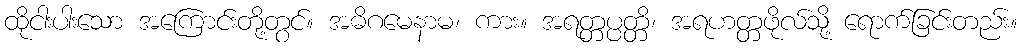
ထိုငါးပါးသော အကြောင်းတို့တွင်။ အဓိဂမေနာမ၊ ကား။ အရတ္တပ္ပတ္တိ၊ အရဟတ္တဖိုလ်သို့ ရောက်ခြင်းတည်း။